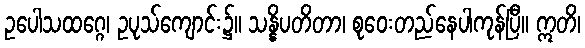
ဥပေါသထဂ္ဂေ၊ ဥပုသ်ကျောင်း၌။ သန္နိပတိတာ၊ စုဝေးတည်နေပါကုန်ပြီ။ ဣတိ၊